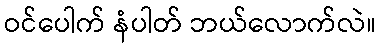
ဝင်ပေါက် နံပါတ် ဘယ်လောက်လဲ။